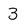
Character: 3